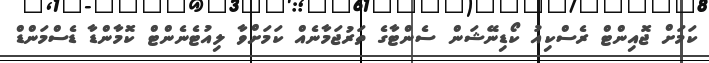
ކަމަށް ޖޮއިންޓް ރެސްކިއު ކޯޑިނޭޝަން ސެންޓާގެ ތަރުޖަމާނެއް ކަމަށްވާ ލިއުޓެނެންޓް ކޮމާންޑާ ޑެސްމަންޑް